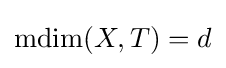
\textstyle \operatorname {mdim} (X,T)=d